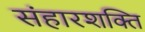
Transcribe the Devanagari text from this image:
संहारशक्ति